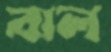
বাল